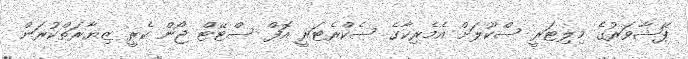
ޕޭޝާވަރުގެ މިލިޓަރީ ސްކޫލަށް އެމެރިކާގެ ސެކްރެޓަރީ އޮފް ސްޓޭޓް ޖޯން ކެރީ ޒިޔާރަތްކުރަން